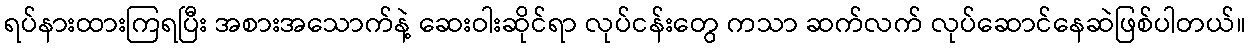
ရပ်နားထားကြရပြီး အစားအသောက်နဲ့ ဆေးဝါးဆိုင်ရာ လုပ်ငန်းတွေ ကသာ ဆက်လက် လုပ်ဆောင်နေဆဲဖြစ်ပါတယ်။